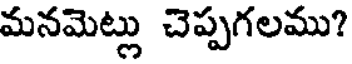
మనమెట్లు చెప్పగలము?